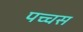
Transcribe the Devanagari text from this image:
पच्चस